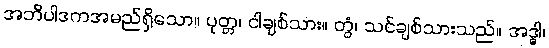
အဘိပါဒကအမည်ရှိသော။ ပုတ္တ၊ ငါချစ်သား။ တွံ၊ သင်ချစ်သားသည်။ အဒ္ဓါ၊